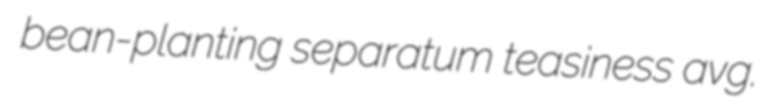
bean-planting separatum teasiness avg.